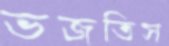
ভজতিস